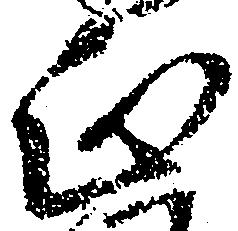
正